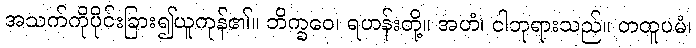
အသက်ကိုပိုင်းခြား၍ယူကုန်၏။ ဘိက္ခဝေ၊ ရဟန်းတို့။ အဟံ၊ ငါဘုရားသည်။ တထူပမံ၊